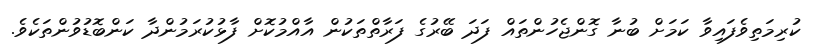
ކުރިމަތިވެފައިވާ ކަމަށް ބުނާ ގޮންޖެހުންތައް ފަދަ ބޭރުގެ ފަރާތްތަކުން އާއްމުކޮށް ފާޅުކުރަމުންދާ ކަންބޮޑުވުންތަކެވެ.